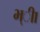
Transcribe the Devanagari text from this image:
भ्ीा